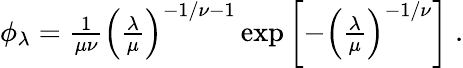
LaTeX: \begin{array}{r}{\phi_{\lambda}=\frac{1}{\mu\nu}\left(\frac{\lambda}{\mu}\right)^{-1/\nu-1}\exp\left[-\left(\frac{\lambda}{\mu}\right)^{-1/\nu}\right]\; .}\end{array}